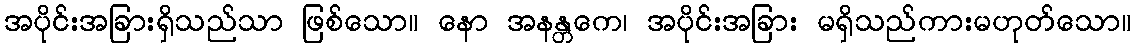
အပိုင်းအခြားရှိသည်သာ ဖြစ်သော။ နော အနန္တကေ၊ အပိုင်းအခြား မရှိသည်ကားမဟုတ်သော။